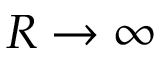
R \to \infty